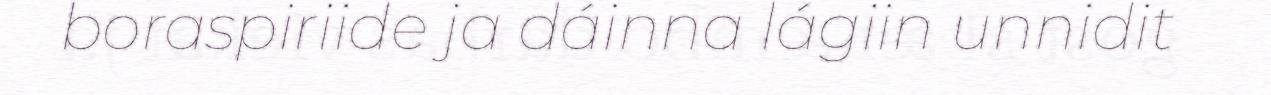
boraspiriide ja dáinna lágiin unnidit